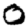
Digit: 0